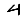
Digit: 4